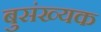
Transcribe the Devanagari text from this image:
बुसंख्यक